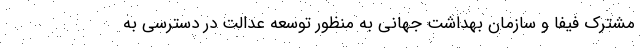
مشترک فیفا و سازمان بهداشت جهانی به منظور توسعه عدالت در دسترسی به